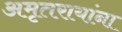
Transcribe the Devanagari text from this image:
अमृतरायांना